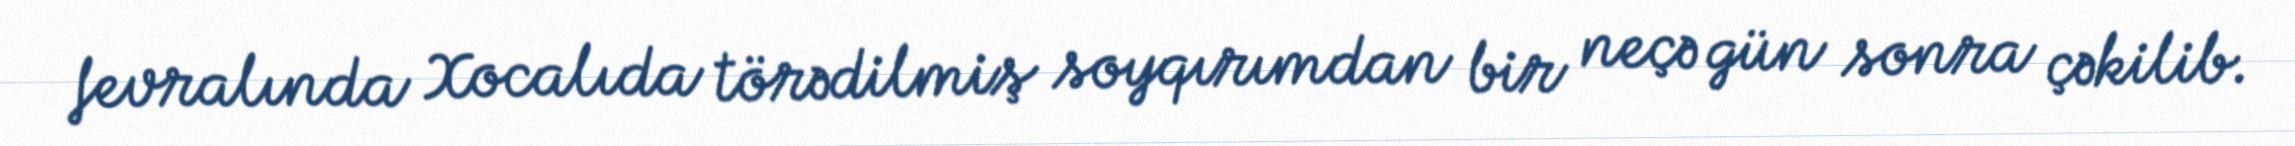
fevralında Xocalıda törədilmiş soyqırımdan bir neçə gün sonra çəkilib.